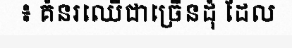
៖ គំនរឈើជាច្រើនដុំ ដែល